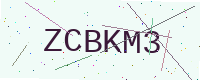
Text: ZCBKM3